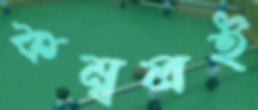
কম্বলই